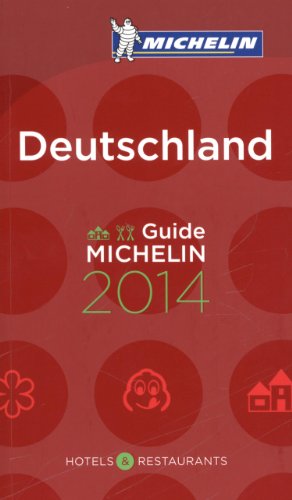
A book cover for MICHELIN Guide Deutschland 2014 (Michelin Guide/Michelin) (English and German Edition); Michelin; Travel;